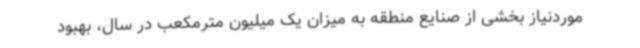
موردنیاز بخشی از صنایع منطقه به میزان یک میلیون مترمکعب در سال، بهبود